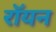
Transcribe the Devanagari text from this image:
रॉयन